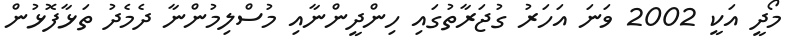
މޯދީ އަކީ 2002 ވަނަ އަހަރު ގުޖަރާތުގައި ހިންދީންނާއި މުސްލިމުންނާ ދެމެދު ތަޅާފޮޅުން